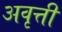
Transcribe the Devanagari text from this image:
अवृत्ती